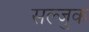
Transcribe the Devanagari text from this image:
सल्जुक